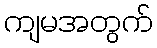
ကျမအတွက်